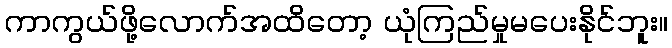
ကာကွယ်ဖို့လောက်အထိတော့ ယုံကြည်မှုမပေးနိုင်ဘူး။